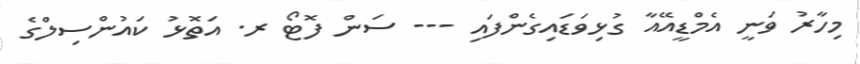
މިހާރު ވަނީ އެމްޑީއޭއާ ގުޅިވަޑައިގެންފައި --- ސަން ފޮޓޯ ރ. އަތޮޅު ކައުންސިލްގެ